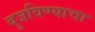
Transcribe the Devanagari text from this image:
बुजविण्याचा